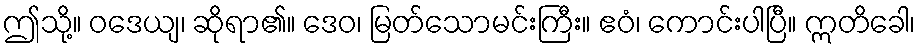
ဤသို့။ ဝဒေယျ၊ ဆိုရာ၏။ ဒေဝ၊ မြတ်သောမင်းကြီး။ ဧဝံ၊ ကောင်းပါပြီ။ ဣတိခေါ၊